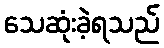
သေဆုံးခဲ့ရသည်